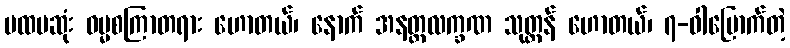
ပထမဆုံး ဓမ္မစကြာတရား ဟောတယ်၊ နောက် အနတ္တလက္ခဏ သုတ္တန် ဟောတယ်၊ ၇-ဝါမြောက်တဲ့